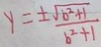
y = \frac { \pm \sqrt { b ^ { 2 } + 1 } } { b ^ { 2 } + 1 }